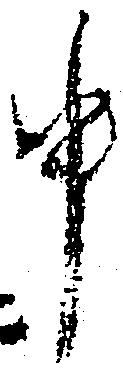
中